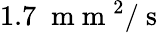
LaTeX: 1.7\; \mathrm{~m~m~}^{2}/\mathrm{~s~}